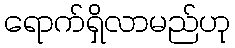
ရောက်ရှိလာမည်ဟု